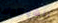
الشوكولا